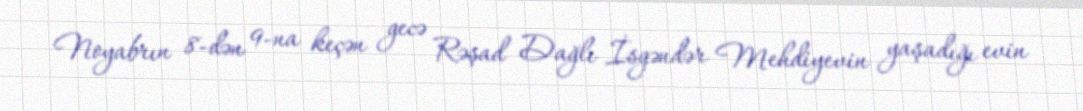
Noyabrın 8-dən 9-na keçən gecə Rəşad Dağlı İsgəndər Mehdiyevin yaşadığı evin